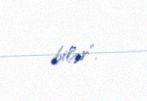
bilər”.